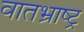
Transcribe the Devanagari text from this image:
वातभ्राष्ट्र